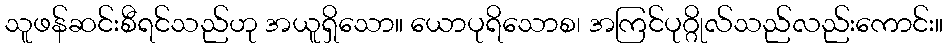
သူဖန်ဆင်းစီရင်သည်ဟု အယူရှိသော။ ယောပုရိသောစ၊ အကြင်ပုဂ္ဂိုလ်သည်လည်းကောင်း။